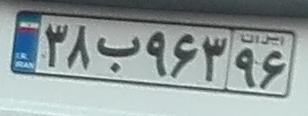
۳۸ب۹۶۳۹۶